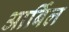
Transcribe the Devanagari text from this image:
आर्बिल